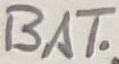
Text: BAT.